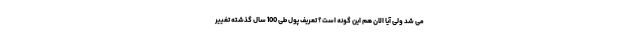
می شد ولی آیا الان هم این گونه است؟ تعریف پول طی 100 سال گذشته تغییر